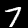
Label: 7